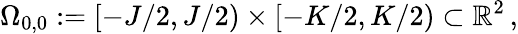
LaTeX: \Omega_{0,0}:=[-J/2,J/2)\times[-K/2,K/2)\subset\mathbb{R}^{2}\, ,